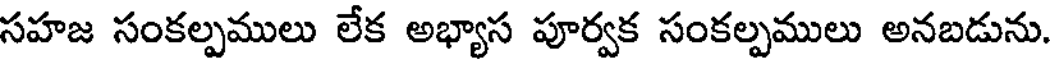
సహజ సంకల్పములు లేక అభ్యాస పూర్వక సంకల్పములు అనబడును.